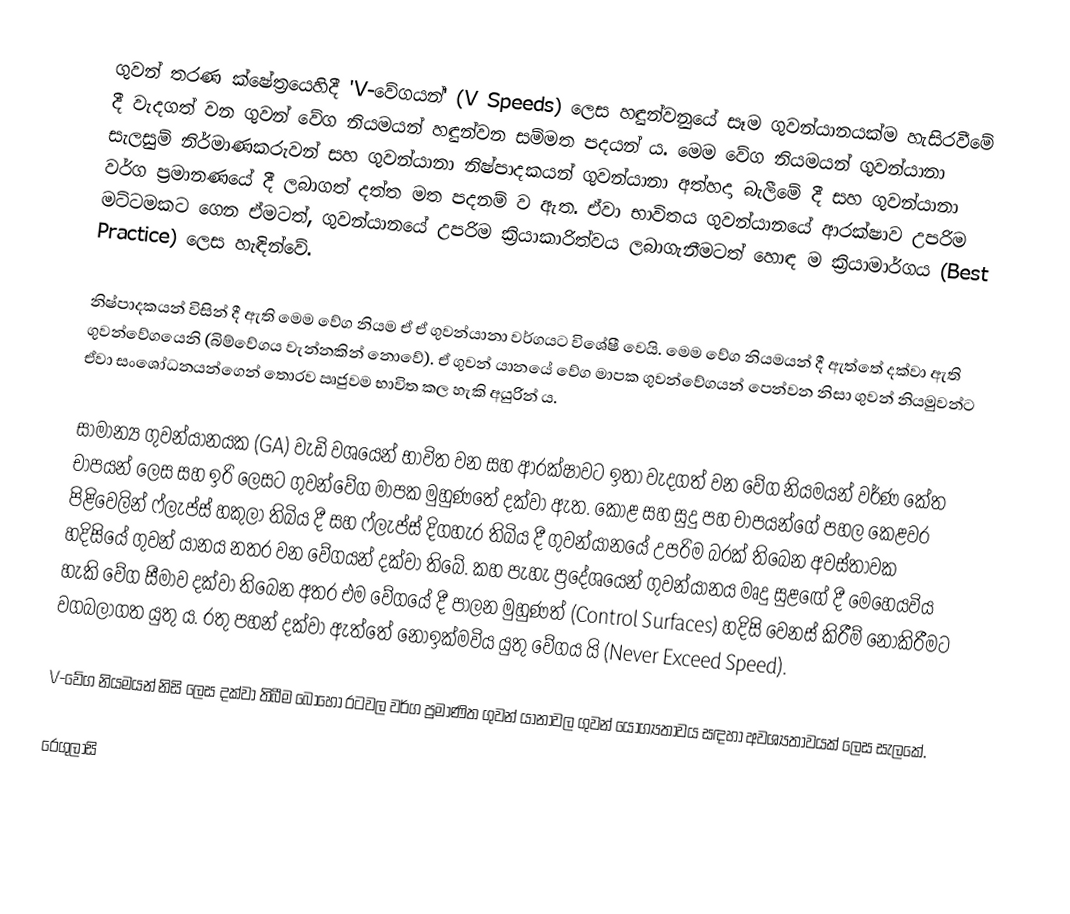
ගුවන් තරණ ක්ෂේත්‍රයෙහිදී  'V-වේගයන්' (V Speeds) ලෙස හඳුන්වනුයේ සෑම ගුවන්යානයක්ම හැසිරවීමේ දී වැදගත් වන ගුවන් වේග නියමයන් හඳුන්වන සම්මත පදයන් ය. මෙම වේග නියමයන් ගුවන්යානා සැලසුම් නිර්මාණකරුවන් සහ ගුවන්යානා නිෂ්පාදකයන් ගුවන්යානා අත්හදා බැලීමේ දී සහ ගුවන්යානා වර්ග ප්‍රමානණයේ දී ලබාගත් දත්ත මත පදනම් ව ඇත. ඒවා භාවිතය ගුවන්යානයේ ආරක්ෂාව උපරිම මට්ටමකට ගෙන ඒමටත්, ගුවන්යානයේ උපරිම ක්‍රියාකාරිත්වය ලබාගැනීමටත් හොඳ ම ක්‍රියාමාර්ගය (Best Practice) ලෙස හැඳින්වේ.

නිෂ්පාදකයන් විසින් දී ඇති මෙම වේග නියම ඒ ඒ ගුවන්යානා වර්ගයට විශේෂී වෙයි. මෙම වේග නියමයන් දී ඇත්තේ දක්වා ඇති ගුවන්වේගයෙනි (බිම්වේගය වැන්නකින් නොවේ). ඒ ගුවන් යානයේ වේග මාපක ගුවන්වේගයන් පෙන්වන නිසා ගුවන් නියමුවන්ට ඒවා සංශෝධනයන්ගෙන් තොරව ඍජුවම භාවිත කල හැකි අයුරින් ය.

සාමාන්‍ය ගුවන්යානයක (GA) වැඩි වශයෙන් භාවිත වන සහ ආරක්ෂාවට ඉතා වැදගත් වන වේග නියමයන් වර්ණ කේත චාපයන් ලෙස සහ ඉරි ලෙසට ගුවන්වේග මාපක මුහුණතේ දක්වා ඇත. කොළ සහ සුදු පහ චාපයන්ගේ පහල කෙළවර පිළිවෙලින් ෆ්ලැප්ස් හකුලා තිබිය දී සහ ෆ්ලැප්ස් දිගහැර තිබිය දී ගුවන්යානයේ උපරිම බරක් තිබෙන අවස්තාවක හදිසියේ ගුවන් යානය නතර වන වේගයන් දක්වා තිබේ. කහ පැහැ ප්‍රදේශයෙන් ගුවන්යානය මෘදු සුළඟේ දී මෙහෙයවිය හැකි වේග සීමාව දක්වා තිබෙන අතර එම වේගයේ දී පාලන මුහුණත් (Control Surfaces) හදිසි වෙනස් කිරීම් නොකිරීමට වගබලාගත යුතු ය. රතු පහන් දක්වා ඇත්තේ නොඉක්මවිය යුතු වේගය යි (Never Exceed Speed).

V-වේග නියමයන් නිසි ලෙස දක්වා තිබීම බොහෝ රටවල වර්ග ප්‍රමාණිත ගුවන් යානාවල ගුවන් යෝග්‍යතාවය සඳහා අවශ්‍යතාවයක් ලෙස සැලකේ.

රෙගුලාසි